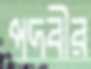
পদবীর